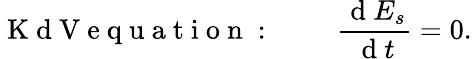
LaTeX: \mathrm{~K~d~V~e~q~u~a~t~i~o~n~:~}\qquad\frac{\mathrm{~d~}E_{s}}{\mathrm{~d~}t}=0.